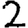
Digit: 2